画像に写った文字を読んでください
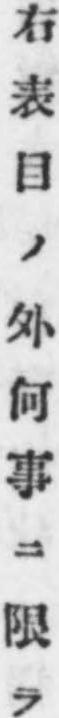
「右表目ノ外何事ニ限ラ」と書いてあります